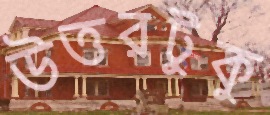
উত্তরটুকু